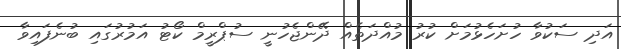
އަދި ސަކުވާ ހުށަހެޅުމަށް ކުރު މުއްދަތެއް ދޭންޖެހުނީ ސުޕްރީމް ކޯޓު އަމުރުގައި ބުނެފައިވާ